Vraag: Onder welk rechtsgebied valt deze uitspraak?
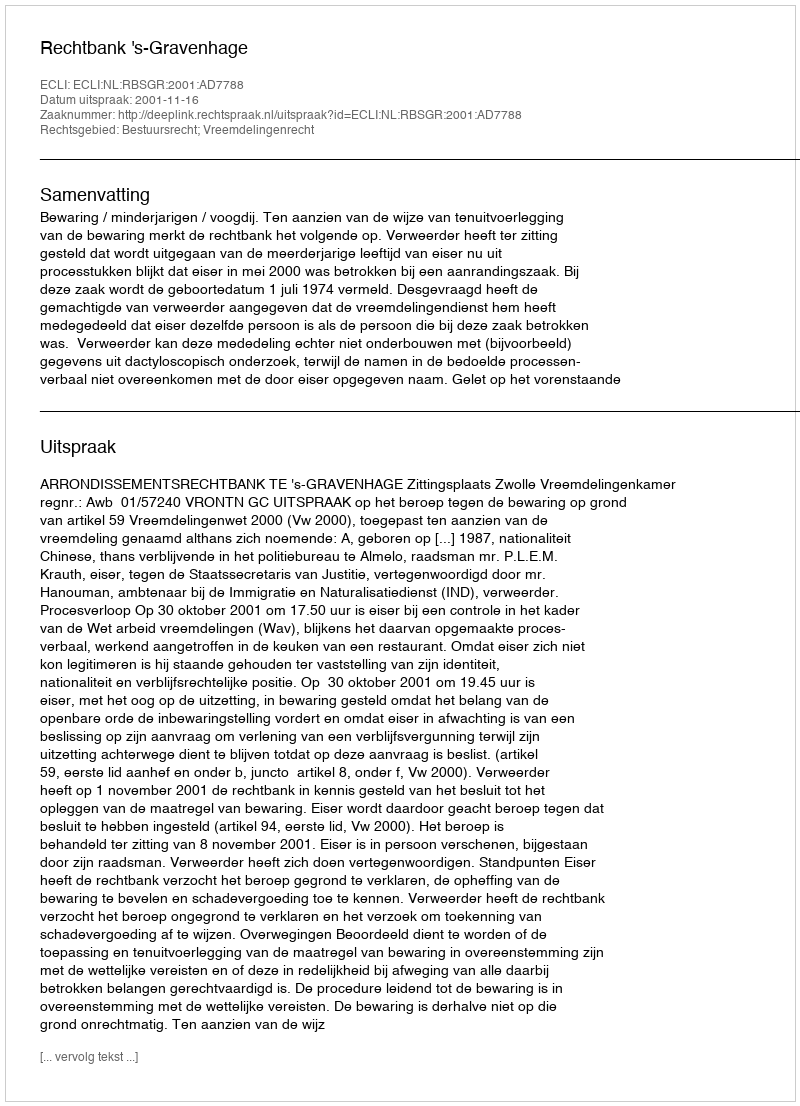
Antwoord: Bestuursrecht; Vreemdelingenrecht